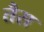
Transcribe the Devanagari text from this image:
तैस